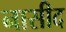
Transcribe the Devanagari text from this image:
नासीद